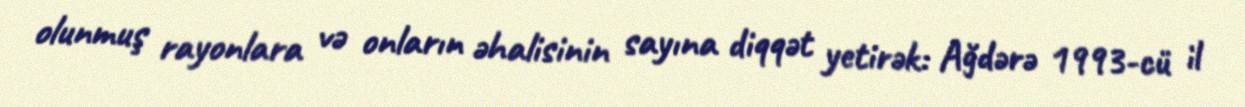
olunmuş rayonlara və onların əhalisinin sayına diqqət yetirək: Ağdərə 1993-cü il